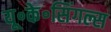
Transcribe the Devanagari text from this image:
यू॰के॰सिंगल्स